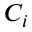
C _ { i }